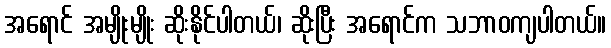
အရောင် အမျိုးမျိုး ဆိုးနိုင်ပါတယ်၊ ဆိုးပြီး အရောင်က သဘာဝကျပါတယ်။